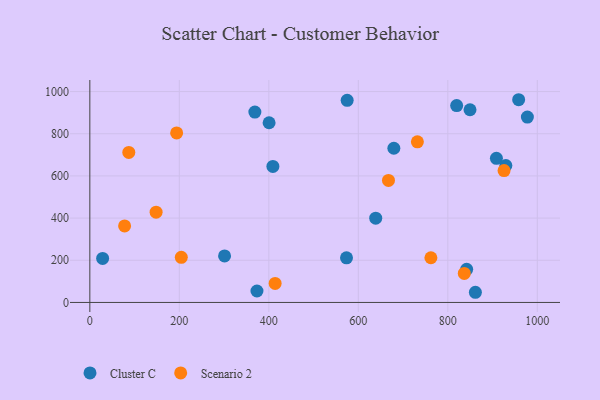
{"axis": {"x": "Ad Spend", "y": "Exam Score"}, "legend": ["Cluster C", "Scenario 2"], "data": [{"x": "819.8", "y": 933.6, "type": "Cluster C"}, {"x": "908.6", "y": 683.4, "type": "Cluster C"}, {"x": "638.9", "y": 399.4, "type": "Cluster C"}, {"x": "28.6", "y": 208.7, "type": "Cluster C"}, {"x": "958.3", "y": 961.3, "type": "Cluster C"}, {"x": "849.6", "y": 913.8, "type": "Cluster C"}, {"x": "301.1", "y": 220.8, "type": "Cluster C"}, {"x": "842.1", "y": 156.8, "type": "Cluster C"}, {"x": "679.4", "y": 731.2, "type": "Cluster C"}, {"x": "409.1", "y": 645.2, "type": "Cluster C"}, {"x": "400.6", "y": 852.0, "type": "Cluster C"}, {"x": "861.6", "y": 48.2, "type": "Cluster C"}, {"x": "929.7", "y": 649.5, "type": "Cluster C"}, {"x": "575.1", "y": 958.6, "type": "Cluster C"}, {"x": "977.8", "y": 879.1, "type": "Cluster C"}, {"x": "573.6", "y": 211.4, "type": "Cluster C"}, {"x": "373.5", "y": 54.3, "type": "Cluster C"}, {"x": "368.8", "y": 902.7, "type": "Cluster C"}, {"x": "148.1", "y": 428.0, "type": "Scenario 2"}, {"x": "77.7", "y": 362.9, "type": "Scenario 2"}, {"x": "414.1", "y": 90.4, "type": "Scenario 2"}, {"x": "667.4", "y": 578.5, "type": "Scenario 2"}, {"x": "87.1", "y": 711.4, "type": "Scenario 2"}, {"x": "194.0", "y": 803.7, "type": "Scenario 2"}, {"x": "762.2", "y": 212.0, "type": "Scenario 2"}, {"x": "732.0", "y": 761.7, "type": "Scenario 2"}, {"x": "204.4", "y": 213.8, "type": "Scenario 2"}, {"x": "836.8", "y": 137.5, "type": "Scenario 2"}, {"x": "925.7", "y": 625.1, "type": "Scenario 2"}]}